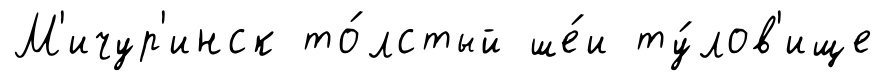
М'ичур'инск то́лстый ше́и ту́лов'ище